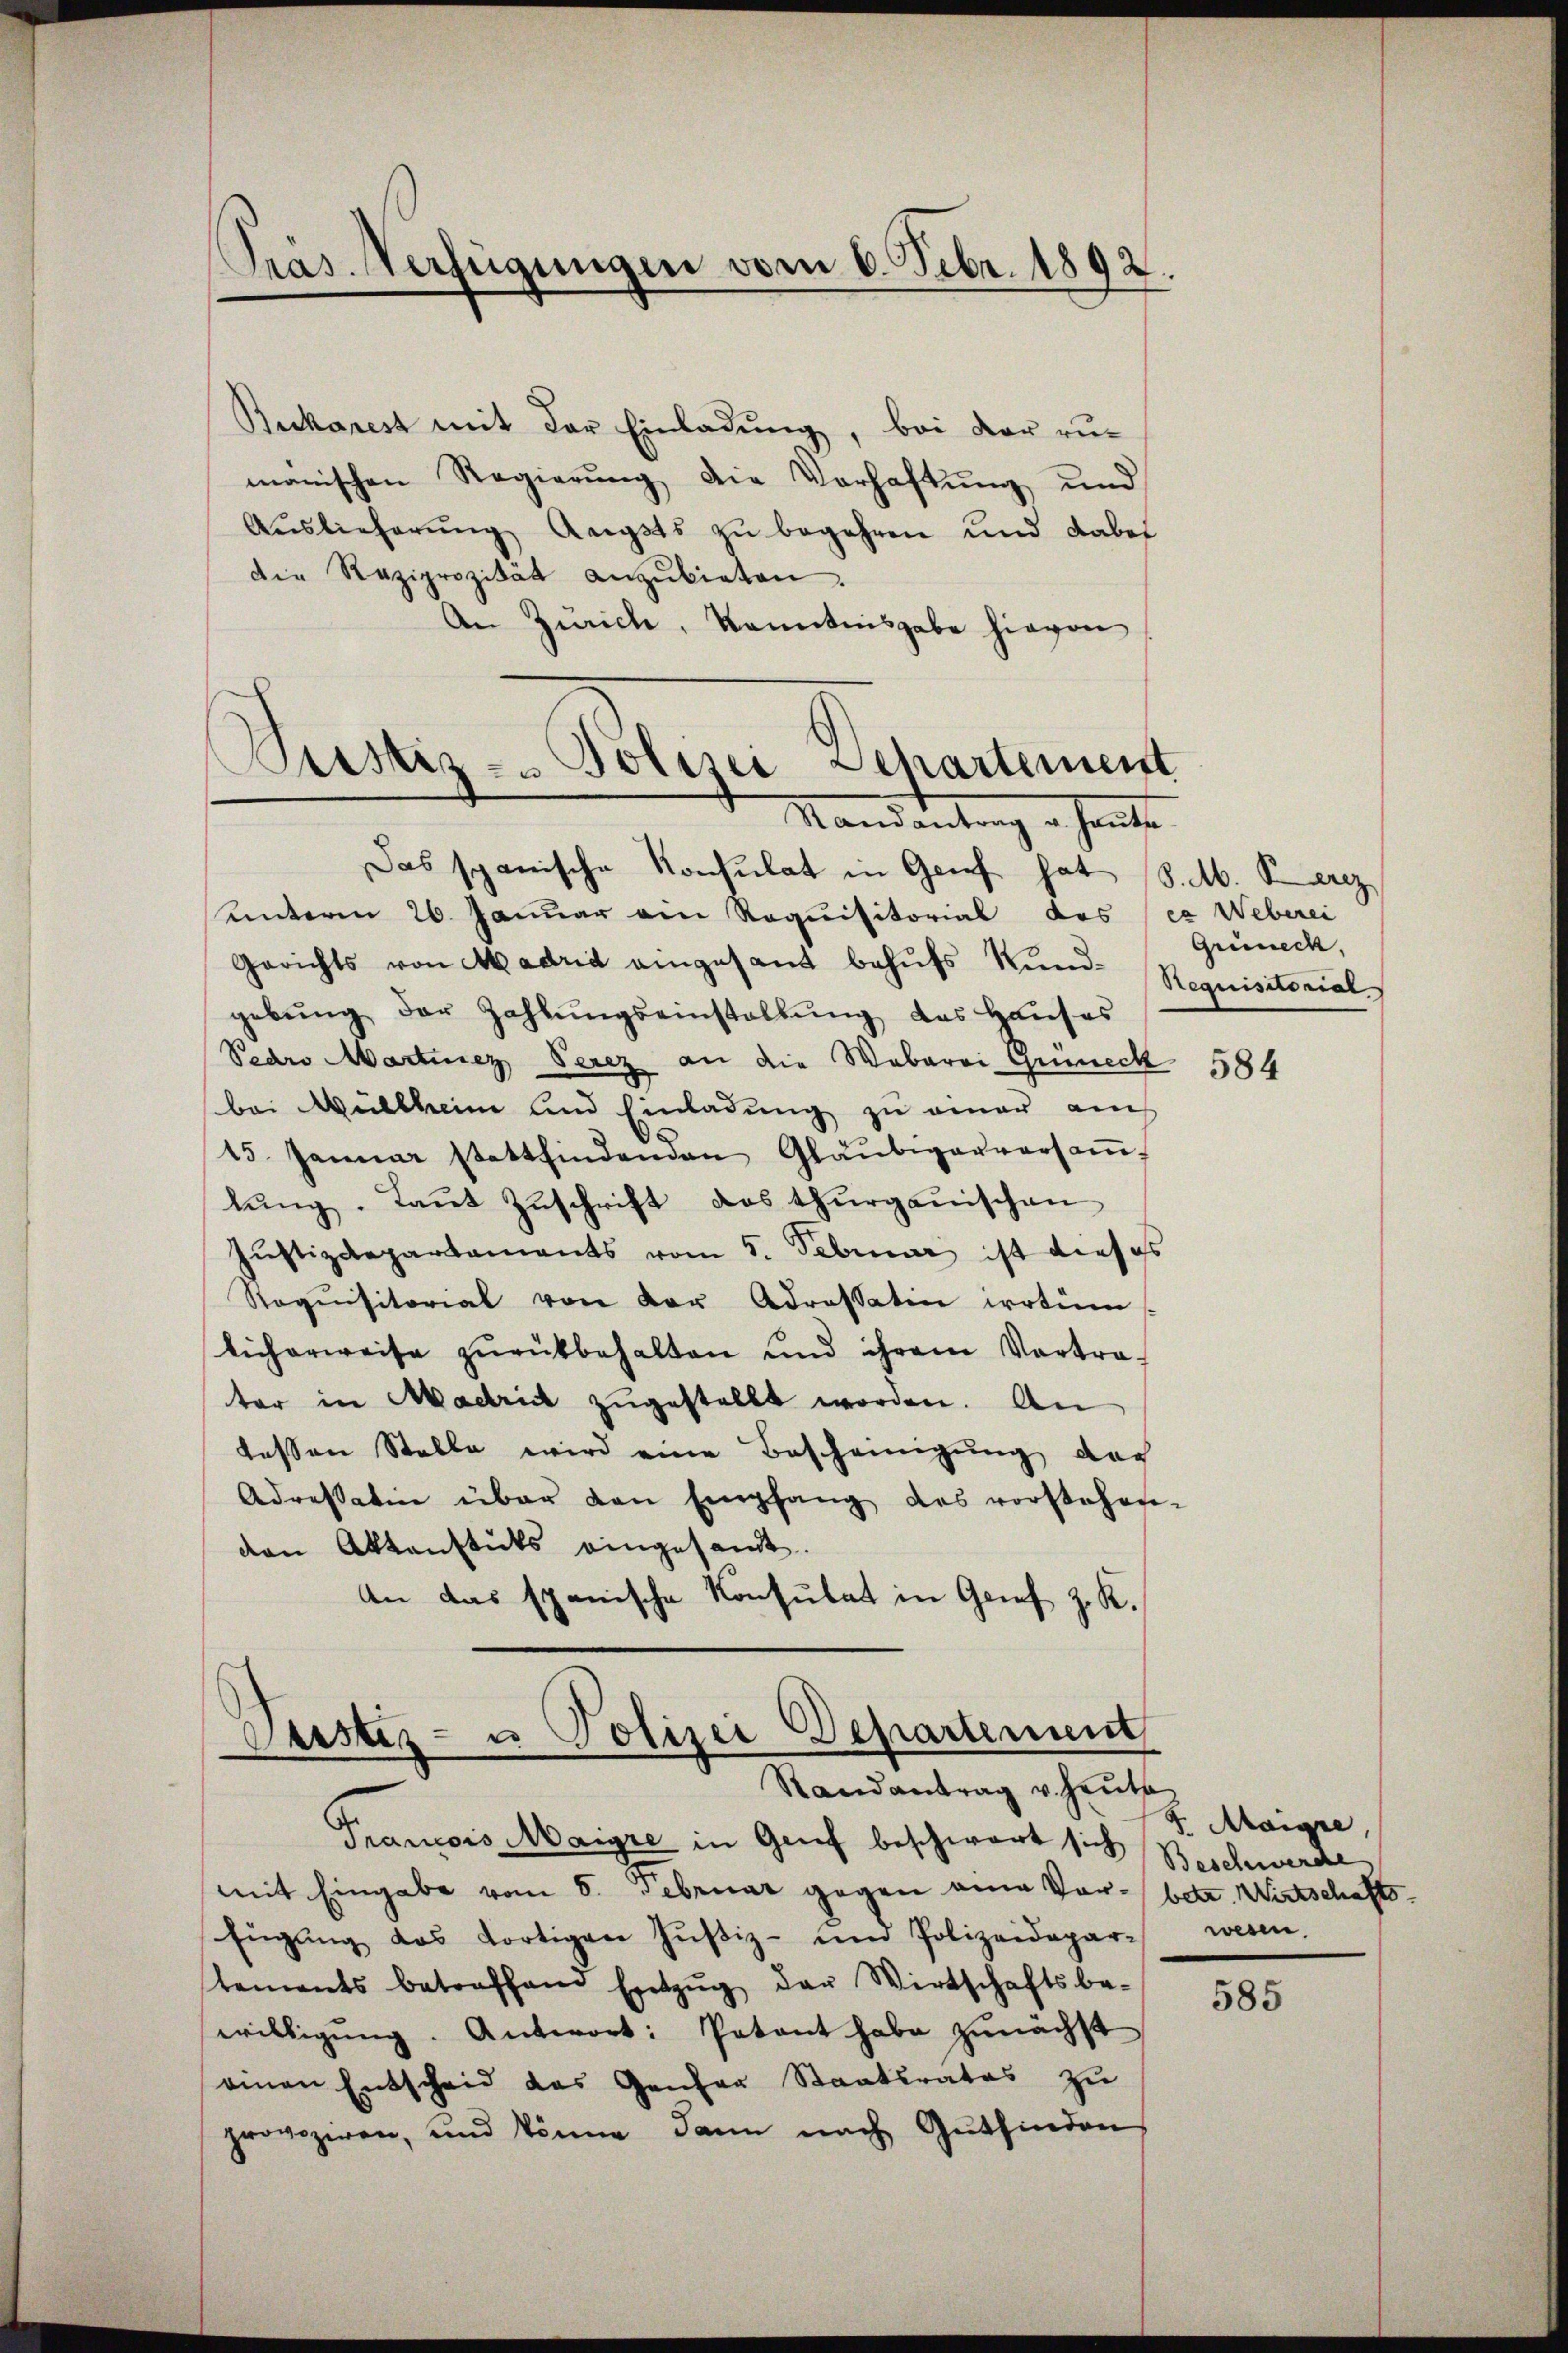
Buckarest mit der Einladung, bei der rumanischen Regierung die Verhaftung und
Aŭslieferŭng Angsts zŭ begehren und dabei
die Reziprozität anzŭbieten.
An Zürich, Kenntnisgabe hievon

Präs. Verfügungen vom 6. Febr. 1892.

Justiz- & Polizei Departement
Mandantung hant

Das spanische Konsulat in Genf hat S. M. erz
unterm 26. Januar am Requisitorial des (ca Weberei
Gerichts von Madrid eingesant behufs Kundgebŭng der Zahlŭngseinstallŭng das Haŭses
Pearo Martiner Serez an die Weberei Grüneck 584
bei Müllheim und Einladung zu einer am
15. Januar stattfindenden Gläubigauversaṁ-
lŭng. Laŭt Zŭschrift das thurgauischen
Justizdepartaments vom 5. Februar ist dieses
Requisitorial von der Adressatin irrtüm
licherweise zŭrückbehalten und ihrem Vortra-
ter in Madrich zŭgestellt worden. An
tessen Stelle wird eine Bescheinigung das
Adressation über den Empfang des vorstehen-
den Aktenstücks eingesandt.
An das spanische Konsulat in Grief z. K.

Geistiz- u Polizei Departement
Randantrag v. Heute

Prancois Maigre in Genf beschwart sich
mit Eingabe vom 5. Februar gegen eine Vor¬
Engŭng das dortigen Hŭβiz- und Polizeidepar-
tements betreffend Entzŭg der Wirtschaftsbe-
willigŭng. Antwort: Potent habe zunächst
einen Entscheid das Genfer Staatsrates zŭ
provoziren, und könne dann nach Gutfinden

Grüneck,
Requisitorial

F. Maigre,
Beschwerde
betr. Wirtschafts-
wesen.

585